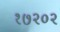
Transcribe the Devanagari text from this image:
१७२०२